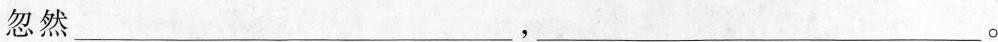
忽然___,___。